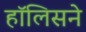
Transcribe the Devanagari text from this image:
हॉलिसने